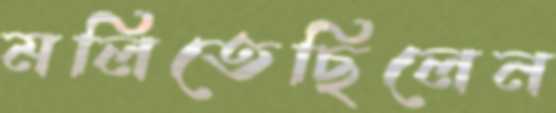
মলিতেছিলেন